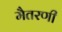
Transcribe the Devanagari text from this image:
मैतरणी